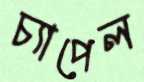
চ্যাপেল